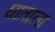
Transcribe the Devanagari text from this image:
घाताला